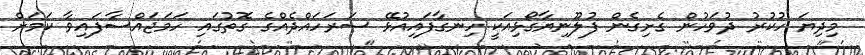
މިދިޔަ ހުކުރު ދުވަހުން ގެށިގެން ފުލޫނިޔާގޯޅިއަކީ ހިނގާފައިއުޅޭ ސަރަހައްދެއްގެ ގޮތުގައި ހަމަޖައްސާފައިވާ ކަމަށް